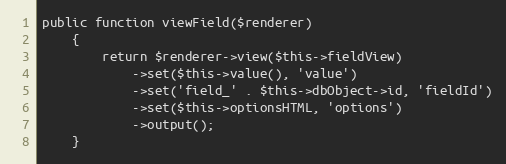
Language: PHP
public function viewField($renderer)
    {
        return $renderer->view($this->fieldView)
            ->set($this->value(), 'value')
            ->set('field_' . $this->dbObject->id, 'fieldId')
            ->set($this->optionsHTML, 'options')
            ->output();
    }